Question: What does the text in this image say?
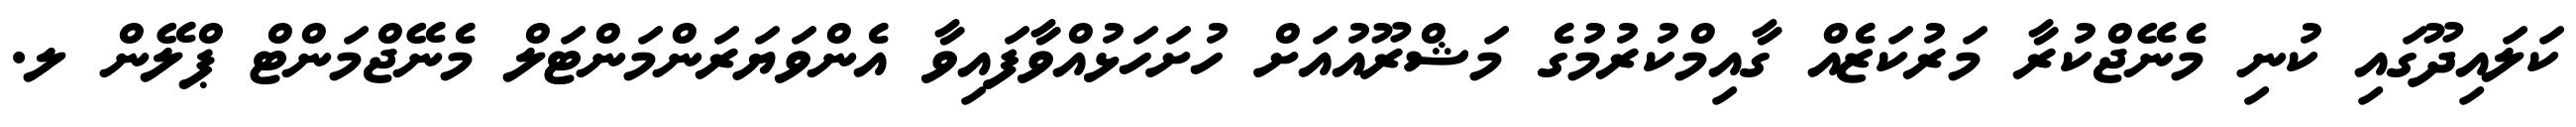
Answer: ކަލައިދޫގައި ކުނި މެނޭޖްކުރާ މަރުކަޒެއް ގާއިމްކުރުމުގެ މަޝްރޫއުއަށް ހުށަހަޅުއްވާފައިވާ އެންވަޔަރަންމަންޓަލް މެނޭޖްމަންޓް ޕްލޭން ލ.